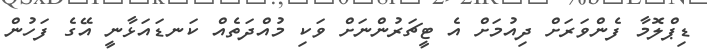
ޑިޕްލޮމާ ފެންވަރަށް ދިއުމަށް އެ ޓީޗަރުންނަށް ވަކި މުއްދަތެއް ކަނޑައަޅާނީ އޭގެ ފަހުން